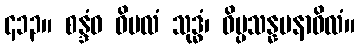
၄၁၃။ စန္ဒံဝ ဝိမလံ သုဒ္ဓံ၊ ဝိပ္ပသန္နမနာဝိလံ။